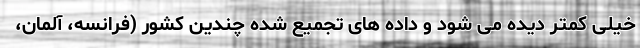
خیلی کمتر دیده می شود و داده های تجمیع شده چندین کشور (فرانسه، آلمان،